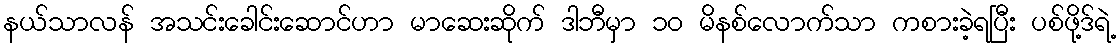
နယ်သာလန် အသင်းခေါင်းဆောင်ဟာ မာဆေးဆိုက် ဒါဘီမှာ ၁၀ မိနစ်လောက်သာ ကစားခဲ့ရပြီး ပစ်ဖို့ဒ်ရဲ့